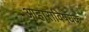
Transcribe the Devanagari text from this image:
आहाराविषयक